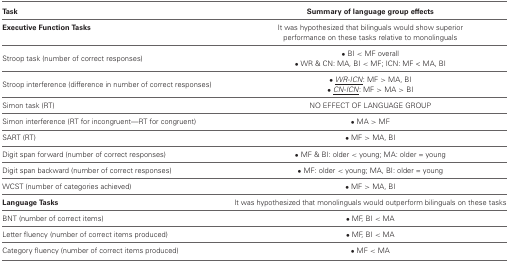
| Task | Summary of language group effects |
 | --- | --- |
 | Executive Function tasks | It was hypothesized that bilinguals would show superior performance on these tasks relative to monolinguals |
 | Stroop task (number of correct responses) | • BI < MF overall• WR & CN: MA, BI < MF; ICN: MF < MA, BI |
 | Stroop interference (difference in number of correct responses) | • <underline>WR-ICN</underline> : MF > MA, BI• <underline>CN-ICN</underline> : MF > MA > BI |
 | Simon task (RT) | NO EFFECT OF LANGUAGE GROUP |
 | Simon interference (RT for incongruent—RT for congruent) | • MA > MF |
 | SART (RT) | • MF > MA, BI |
 | Digit span forward (number of correct responses) | • MF & BI: older < young; MA: older = young |
 | Digit span backward (number of correct responses) | • MF: older < young; MA, BI: older = young |
 | WCST (number of categories achieved) | • MF > MA, BI |
 | Language Tasks | It was hypothesized that monolinguals would outperform bilinguals on these tasks |
 | BNT (number of correct items) | • MF, BI < MA |
 | Letter fluency (number of correct items produced) | • MF, BI < MA |
 | Category fluency (number of correct items produced) | • MF < MA |